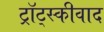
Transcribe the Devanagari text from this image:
ट्रॉट्स्कीवाद